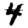
Digit: 4